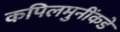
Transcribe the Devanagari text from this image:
कपिलमुनींकडे